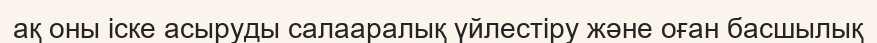
ақ оны іске асыруды салааралық үйлестіру және оған басшылық